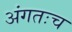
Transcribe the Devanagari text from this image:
अंगतःच